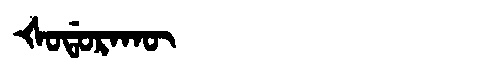
Manchu: ᡧᠣᡩᠣᡵᠠᡴᡡ
Romanization: ŠODORAKŪ